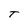
Character: T